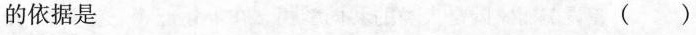
的依据是 ( )